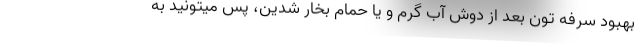
بهبود سرفه تون بعد از دوش آب گرم و یا حمام بخار شدین، پس میتونید به